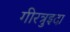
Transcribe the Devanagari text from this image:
गीरत्रुइदा